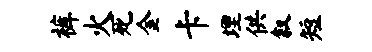
裤火死金卡埋供叙短